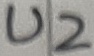
Text: U2